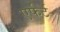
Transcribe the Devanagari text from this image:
एर्फर्ट